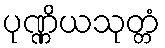
ပုဏ္ဏိယသုတ္တံ